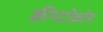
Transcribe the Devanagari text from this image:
क्रीपटोक्रोम